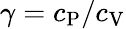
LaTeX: \gamma=c_{\mathrm{P}}/c_{\mathrm{V}}